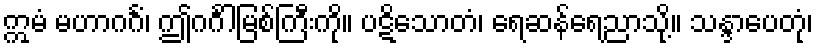
ဣမံ မဟာဂင်္ဂံ၊ ဤဂင်္ဂါမြစ်ကြီးကို။ ပဋိသောတံ၊ ရေဆန်ရေညာသို့။ သန္ဒာပေတုံ၊